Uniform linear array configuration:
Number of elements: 4
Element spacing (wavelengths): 1
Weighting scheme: exponential
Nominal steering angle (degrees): -45
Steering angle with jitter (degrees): -43.88
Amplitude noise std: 0.05
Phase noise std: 0.05

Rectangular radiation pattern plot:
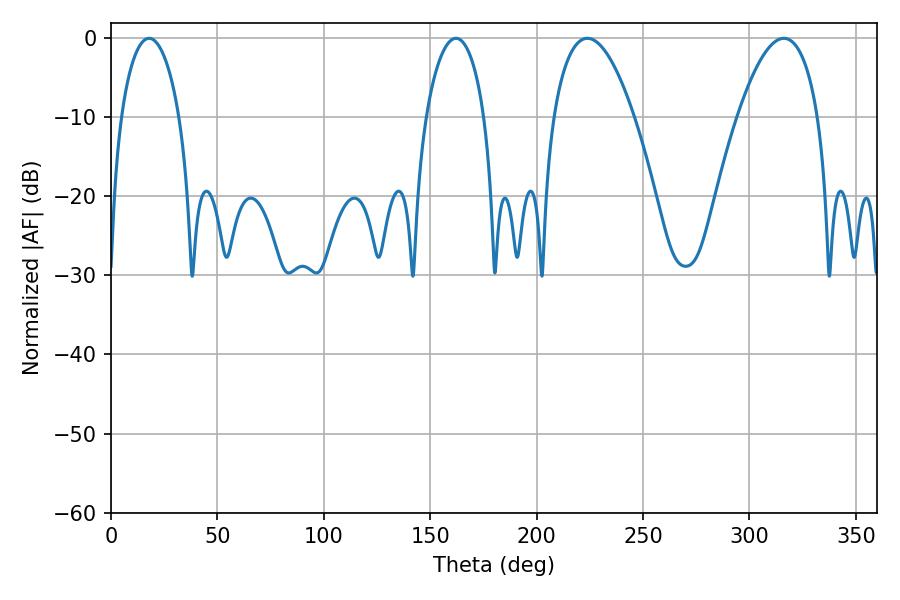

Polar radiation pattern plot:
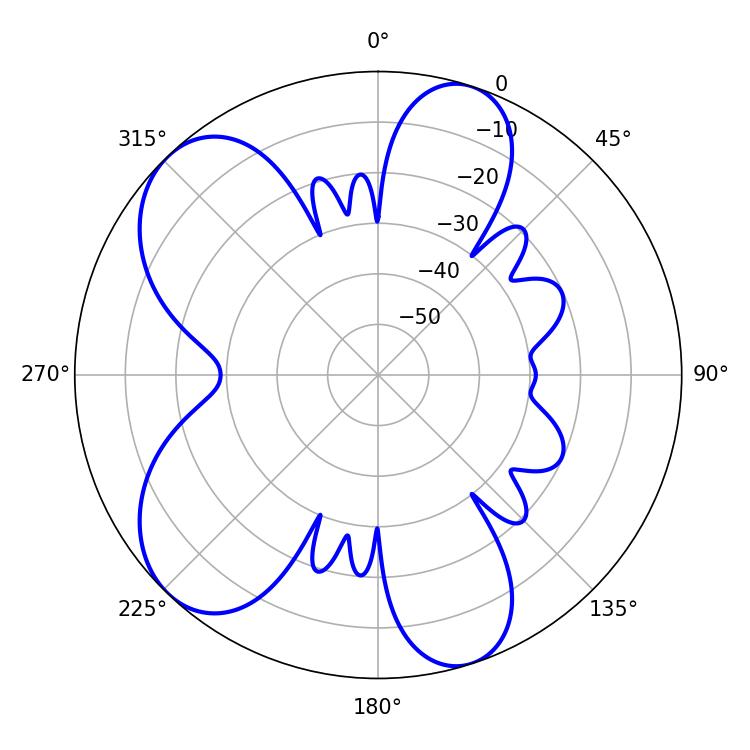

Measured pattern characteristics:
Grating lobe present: TRUE
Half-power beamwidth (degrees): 20.88
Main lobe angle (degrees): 316.08